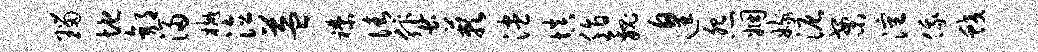
瑙地郭浸樾泣益襟倩蜚蔌漶填脂魏遑怨姻嫁泥案沈俄蛟